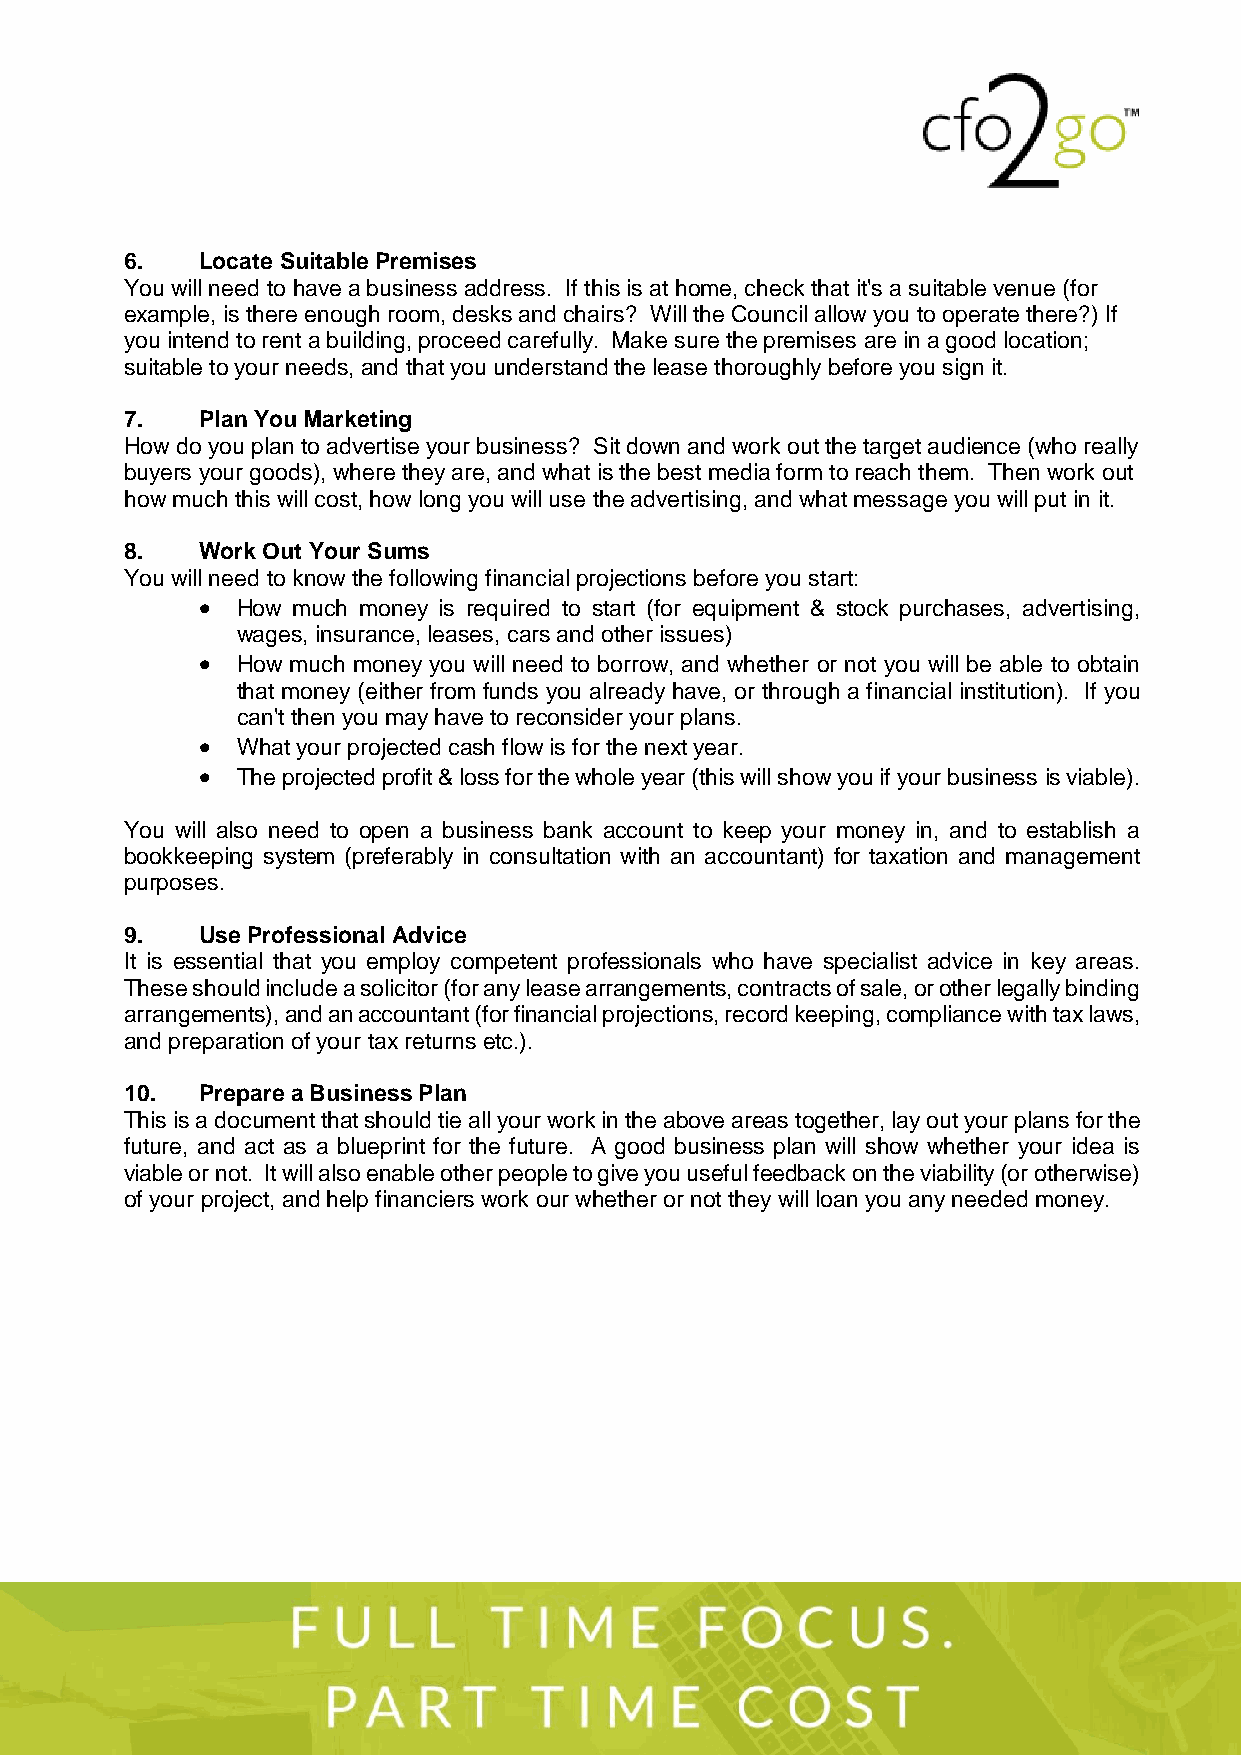
6.   Locate Suitable Premises
 You will need to have a business address. If this is at home, check that it's a suitable venue (for
 example, is there enough room, desks and chairs? Will the Council allow you to operate there?) If
 you intend to rent a building, proceed carefully. Make sure the premises are in a good location;
 suitable to your needs, and that you understand the lease thoroughly before you sign it.
 7.   Plan You Marketing
 How do you plan to advertise your business? Sit down and work out the target audience (who really
 buyers your goods), where they are, and what is the best media form to reach them. Then work out
 how much this will cost, how long you will use the advertising, and what message you will put in it.
 8.   Work Out Your Sums
 You will need to know the following financial projections before you start:
   How much money is required to start (for equipment & stock purchases, advertising,
 wages, insurance, leases, cars and other issues)
   How much money you will need to borrow, and whether or not you will be able to obtain
 that money (either from funds you already have, or through a financial institution). If you
 can't then you may have to reconsider your plans.
   What your projected cash flow is for the next year.
   The projected profit & loss for the whole year (this will show you if your business is viable).
 You will also need to open a business bank account to keep your money in, and to establish a
 bookkeeping system (preferably in consultation with an accountant) for taxation and management
 purposes.
 9.   Use Professional Advice
 It is essential that you employ competent professionals who have specialist advice in key areas.
 These should include a solicitor (for any lease arrangements, contracts of sale, or other legally binding
 arrangements), and an accountant (for financial projections, record keeping, compliance with tax laws,
 and preparation of your tax returns etc.).
 10.  Prepare a Business Plan
 This is a document that should tie all your work in the above areas together, lay out your plans for the
 future, and act as a blueprint for the future. A good business plan will show whether your idea is
 viable or not. It will also enable other people to give you useful feedback on the viability (or otherwise)
 of your project, and help financiers work our whether or not they will loan you any needed money.